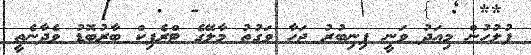
ފުލުހުން މިއަދު ވަނީ ފިނިބުރު ޖަހާ ވަގުތު މާލޭގެ ޓްރެފިކް ބާރުބޮޑު ވެދާނެތީ